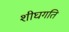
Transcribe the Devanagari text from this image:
शीघगति